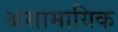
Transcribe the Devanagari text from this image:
असामायिक